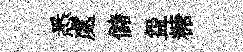
悉處儲盌糖